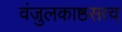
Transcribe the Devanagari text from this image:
वंजुलकाष्ठसत्व